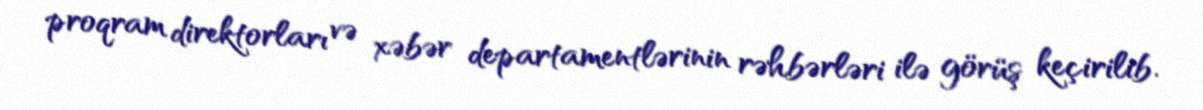
proqram direktorları və xəbər departamentlərinin rəhbərləri ilə görüş keçirilib.